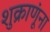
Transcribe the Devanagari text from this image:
शुक्राणूंना